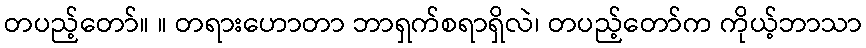
တပည့်တော်။ ။ တရားဟောတာ ဘာရှက်စရာရှိလဲ၊ တပည့်တော်က ကိုယ့်ဘာသာ